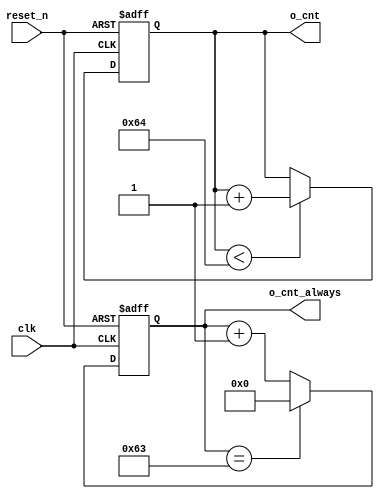
// 3  
`timescale 1ns / 1ps

module counter_100 (
    input clk,
    input reset_n,
    output [6:0] o_cnt,
    output [6:0] o_cnt_always
);

reg [6:0] cnt;
always @(posedge clk or negedge reset_n) begin
    if (!reset_n) begin
        cnt <= 0;
    end else if (cnt < 100) begin
        cnt <= cnt + 1;
    end
end
assign o_cnt = cnt;

reg [6:0] cnt_always;
always @(posedge clk or negedge reset_n) begin
    if (!reset_n) begin
        cnt_always <= 0;
    end else if (cnt_always == 100 - 1) begin
        cnt_always <= 0;
    end else begin
        cnt_always <= cnt_always + 1;
    end
end
assign o_cnt_always = cnt_always;
    
endmodule